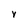
Character: Y